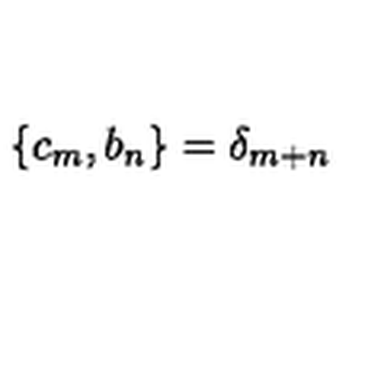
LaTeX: \lbrace c _ { m } , b _ { n } \rbrace = { \delta } _ { m + n }